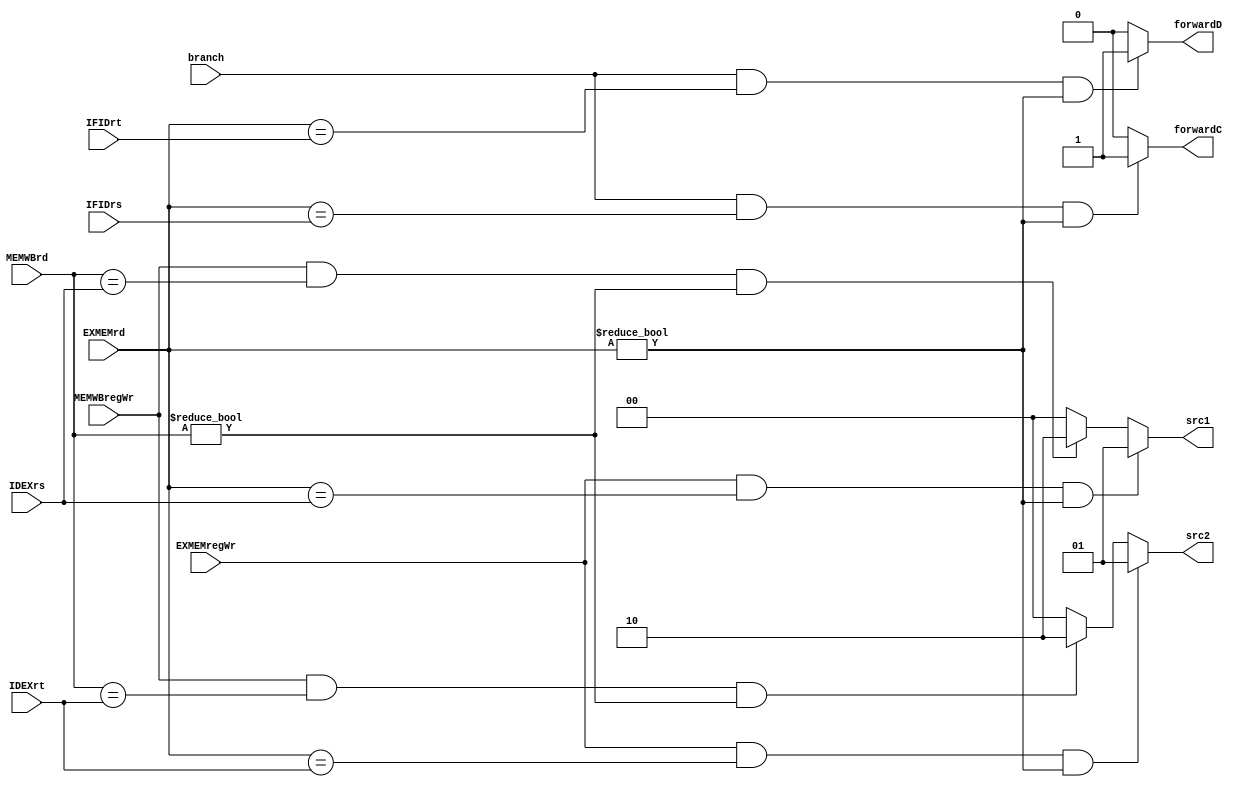
module ForwardingUnit(input EXMEMregWr, input[4:0] EXMEMrd, IDEXrs, IDEXrt, input MEMWBregWr, input[4:0] MEMWBrd,
        /**/input branch, input[4:0] IFIDrs, IFIDrt, output forwardC, forwardD,/**/
       output[1:0] src1, src2);
       
       assign src1 = (EXMEMregWr && EXMEMrd == IDEXrs && EXMEMrd != 5'b0) ? 2'b01 : (MEMWBregWr && MEMWBrd == IDEXrs && MEMWBrd != 5'b0) ? 2'b10 : 2'b0;
       
       assign src2 = (EXMEMregWr && EXMEMrd == IDEXrt && EXMEMrd != 5'b0) ? 2'b01 : (MEMWBregWr && MEMWBrd == IDEXrt && MEMWBrd != 5'b0) ? 2'b10 : 2'b0;
       /**/
       assign forwardC = (branch == 1 && (EXMEMrd == IFIDrs) && EXMEMrd != 5'b0) ? 1'b1 : 1'b0;
       
       assign forwardD = (branch == 1 && (EXMEMrd == IFIDrt) && EXMEMrd != 5'b0) ? 1'b1 : 1'b0;
       
  
endmodule